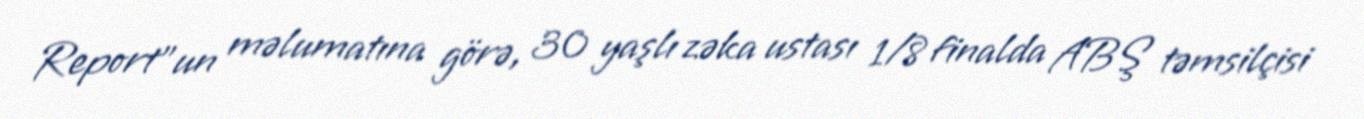
Report"un məlumatına görə, 30 yaşlı zəka ustası 1/8 finalda ABŞ təmsilçisi